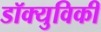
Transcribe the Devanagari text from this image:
डॉक्युविकी